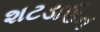
શટડાઉન